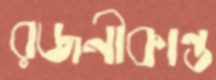
রজনীকান্ত